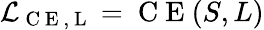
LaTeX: \mathcal{L}_{\mathrm{~C~E~,~L~}}=\mathrm{~C~E~}(S,L)